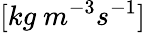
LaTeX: [kg\ m^{-3}s^{-1}]